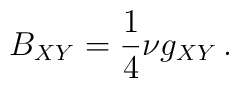
B_{XY}=\frac14\nu g_{XY}\,.